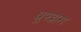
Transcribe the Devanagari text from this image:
धूपद्वारा